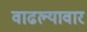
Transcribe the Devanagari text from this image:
वाढल्यावार